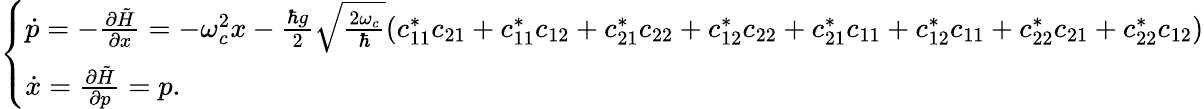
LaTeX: \begin{array}{r}{\left\{ \begin{array}{ll}{\dot{p}=-\frac{\partial\tilde{H}}{\partial x}=-\omega_{c}^{2}x-\frac{\hbar g}{2}\sqrt{\frac{2\omega_{c}}{\hbar}}(c_{11}^{*}c_{21}+c_{11}^{*}c_{12}+c_{21}^{*}c_{22}+c_{12}^{*}c_{22}+c_{21}^{*}c_{11}+c_{12}^{*}c_{11}+c_{22}^{*}c_{21}+c_{22}^{*}c_{12})}\\ {\dot{x}=\frac{\partial\tilde{H}}{\partial p}=p.}\end{array}\right.}\end{array}